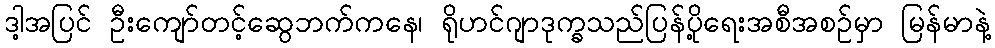
ဒါ့အပြင် ဦးကျော်တင့်ဆွေဘက်ကနေ၊ ရိုဟင်ဂျာဒုက္ခသည်ပြန်ပို့ရေးအစီအစဉ်မှာ မြန်မာနဲ့